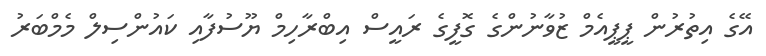
އޭގެ އިތުރުން ޕީޕީއެމް ޒުވާނުންގެ ގޮފީގެ ރައީސް އިބްރާހިމް ޔޫސުފާއި ކައުންސިލް މެމްބަރު